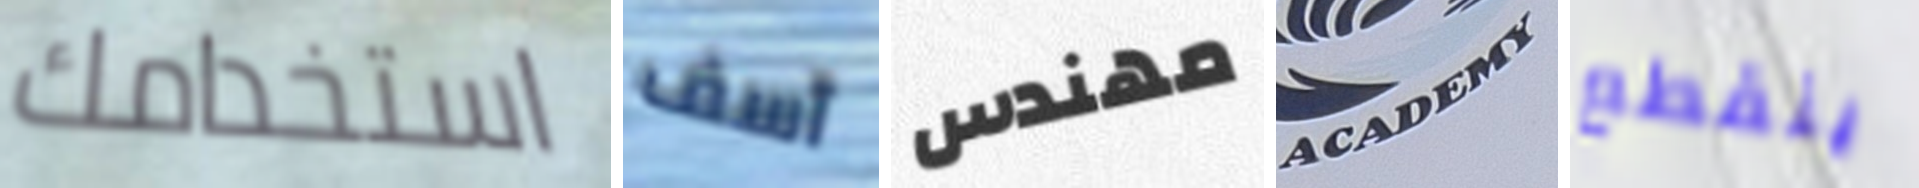
استخدامك آسف مهندس ACADEMY ينقطع